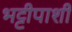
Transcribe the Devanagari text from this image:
भट्टीपाशी